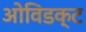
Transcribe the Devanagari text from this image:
ओविडक्ट